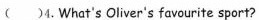
( )4.What's Oliver's favourite sport?